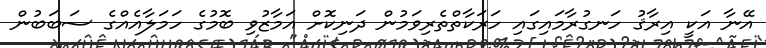
އޭނާ އަކީ އިރާޤު ހަނގުރާމައިގައި ހަރަކާތްތެރިވަމުން ދަނިކޮށް އަމާޒުވި ބޮމުގެ ހަމަލާއެއްގެ ސަބަބުން